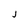
Character: j